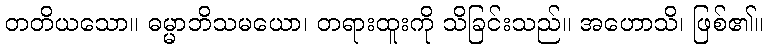
တတိယသော။ ဓမ္မာဘိသမယော၊ တရားထူးကို သိခြင်းသည်။ အဟောသိ၊ ဖြစ်၏။